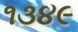
૧૩૪૯